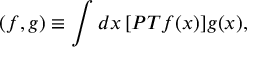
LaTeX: ( f , g ) \equiv \int d x \, [ { \cal P T } f ( x ) ] g ( x ) ,